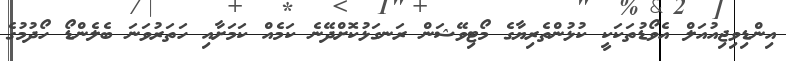
އިންޑިވިޖިއުއަލް އެވޯޑުތަކަކީ ކުޅުންތެރިޔާގެ މޯޓިވޭޝަން ރަނގަޅުކޮށްދޭނެ ކަމެއް ކަމަށާއި ހަތަރުވަނަ ބެލެންޑޯ ހޯދުމުގެ